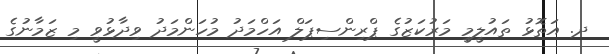
ދ. އަތޮޅު ތައުލީމީ މަރުކަޒުގެ ޕްރިންސިޕަލް އަހްމަދު މުހަންމަދު ވިދާޅުވީ މި ޒަމާނުގެ